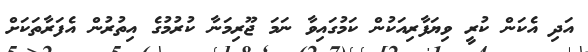
އަދި އެކަން ކުރީ ވިޔަފާރިއަކުން ކަމުގައިވާ ނަމަ ޖޫރިމަނާ ކުރުމުގެ އިތުރުން އެފަރާތަކަށް